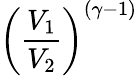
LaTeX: \left({\frac{V_{1}}{V_{2}}}\right)^{(\gamma-1)}